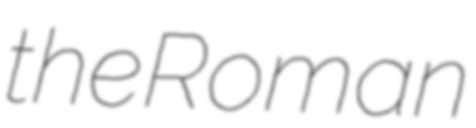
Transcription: the Roman